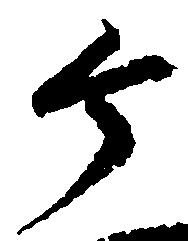
ヶ